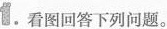
1。看图回答下列问题。